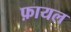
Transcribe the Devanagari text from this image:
फ़ायल